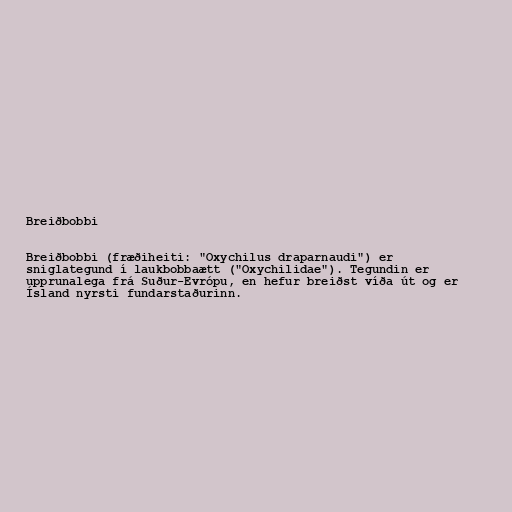
Breiðbobbi

Breiðbobbi (fræðiheiti: "Oxychilus draparnaudi") er
sniglategund í laukbobbaætt ("Oxychilidae"). Tegundin er
upprunalega frá Suður-Evrópu, en hefur breiðst víða út og er
Ísland nyrsti fundarstaðurinn.